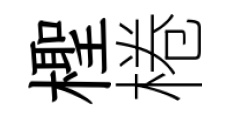
檉棬